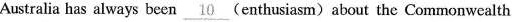
Australia has always been \underline{ 10 } ( enthusiasm ) about the Commonwealth